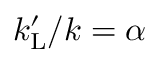
k _ { \mathrm { L } } ^ { \prime } / k = \alpha